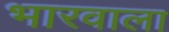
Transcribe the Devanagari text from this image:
भारवाला